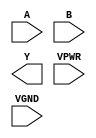
module sky130_fd_sc_hs__xnor2 (
    //# {{data|Data Signals}}
    input  A   ,
    input  B   ,
    output Y   ,

    //# {{power|Power}}
    input  VPWR,
    input  VGND
);
endmodule